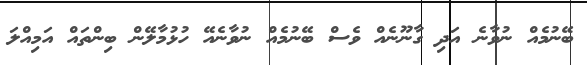
ބޭނުމެއް ނުވާނެ އަދި ގާނޫނެއް ވެސް ބޭނުމެއް ނުވާނެއޭ ހުޅުމާލޭން ބިންތައް އަމިއްލަ